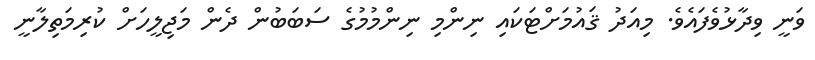
ވަނީ ވިދާޅުވެފައެވެ. މިއަދު ޤައުމަށްޓަކައި ނިންމި ނިންމުމުގެ ސަބަބުން ދެން މަޖިލީހަށް ކުރިމަތިލާނީ